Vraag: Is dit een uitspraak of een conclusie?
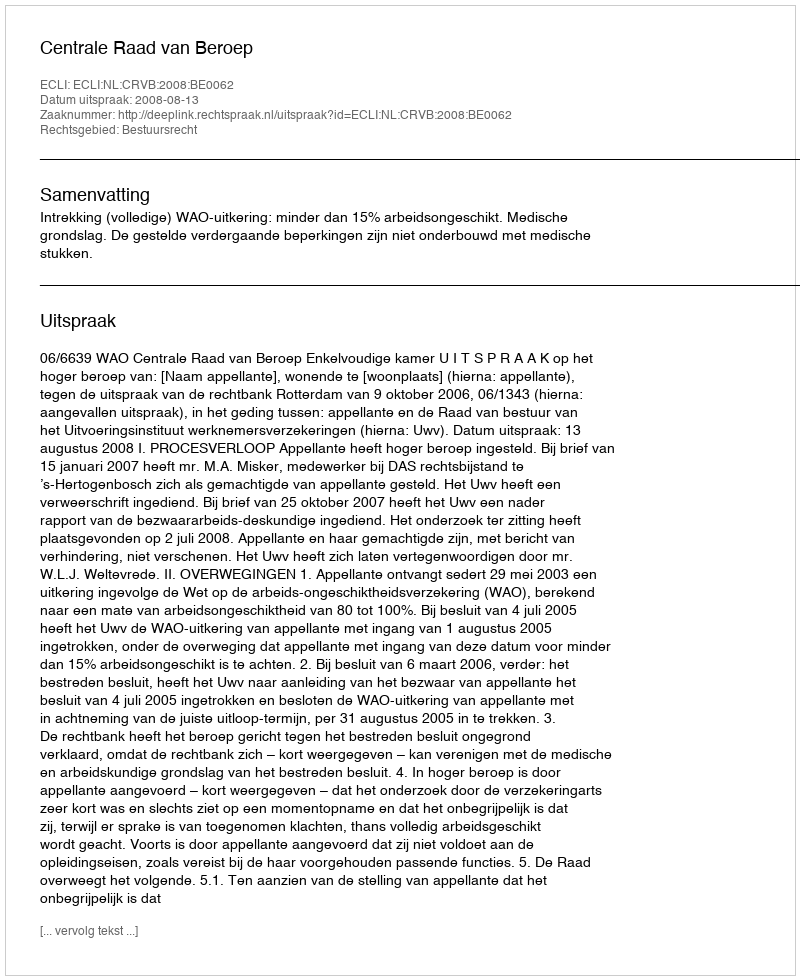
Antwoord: Uitspraak